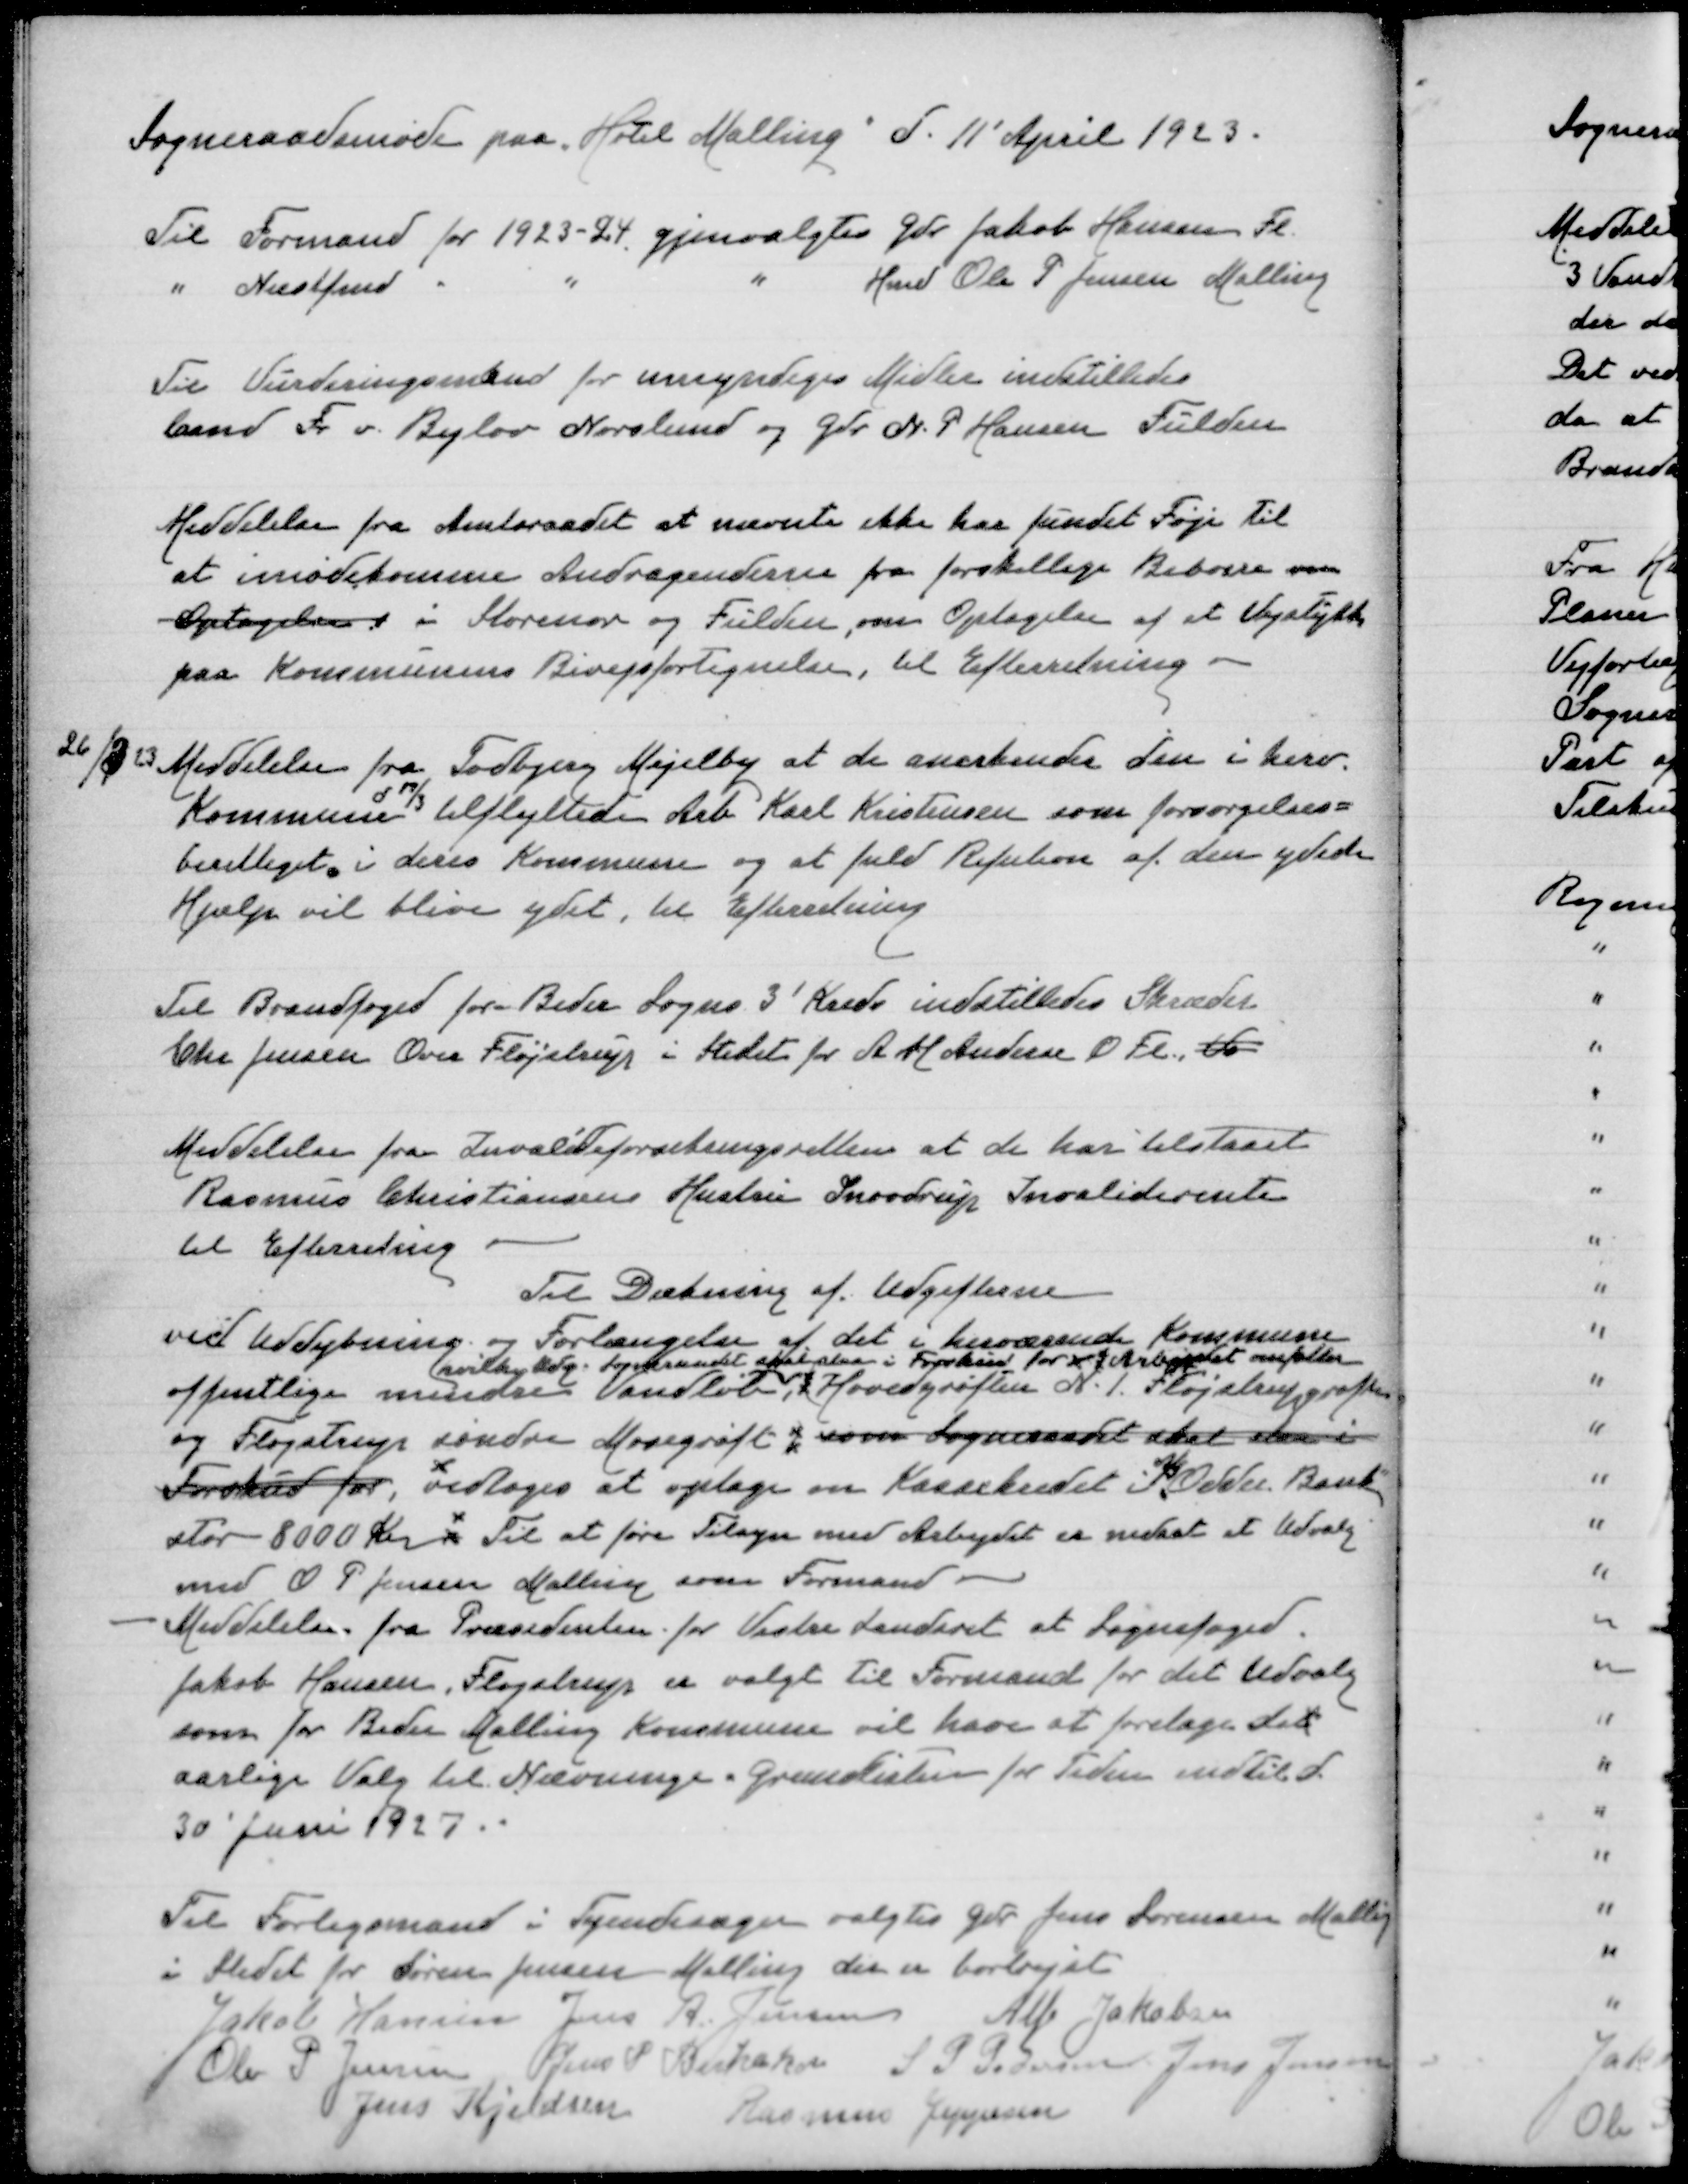
Transskription:
Sogneraadsmøde paa "Hotel Malling" d. 11' April 1923

Til Formand for 1923-24 gjenvalgtes Gdr Jakob Hansen Fl
" Næstfmd " " " Hmd Ole P Jensen Malling

Til Vurderingsmand for umyndiges Midler indstilledes
Cmd Fr v Bylov Norslund og Gdr N P Hansen Fulden

Meddelelse fra Amtsraadet at nævnte ikke har fundet Føje til
at imødekomme Andragenderfra forskellige Beboere om
Optagelse i Storenor og Fulden, om Optagelse af et Vejstykke
paa Kommunens Bivejsfortegnelse, til Efterretning

26/3 23 Meddelelse fra Todbjerg Mejelby at de anerkender den i herv
d 17/3
Kommune tilflyttede Arb Karl Kristensen som forsørgelses=
berettiget i deres Kommune og at fuld Refusion af den ydede
Hjælp vil blive ydet, til Efterretning

Til Brandfoged for Beder Sogns 3' Kreds indstilledes Skræder
Chr Jensen Over Fløjstrup i Stedet for A M Andersen O Fl Vo

Meddelelse fra Invalideforsikringsretten at de har tilstaaet
Rasmus Christiansens Hustru Snovdrup Invaliderente
til Efterretning
Til dækning af Udgifterne
ved Uddybning og Forlængelse af det i herværende Kommune
hvilke Udg Sogneraadet skal staa i Forskud for x  Arbejdet omfatter
offentlige mindre Vandløb Hovedgrøften Nr 1 Fløjstrupgrøften
og Fløjstrup søndre Mosegrøft som Sogneraadet skal staa i
Forskud for vedtoges at optage som Kassekredit i Odder Bank
stor 8000 Kr Til at føre tilsyn med Arbejdet er nedsat et Udvalg
med O P Jensen Malling som Formand
- Meddelelse fra Præsidenten for Vestre Landsret at Sognefoged
Jakob Hansen, Fløjstrup er valgt til Formand for det Udvalg
som Beder Malling Kommune vil have at foretage det
aarlige Valg til Nævninge=Grundlisten for Tiden indtil d
30' Januar 1927
Til Forligsmand i Tyendesager valgtes Gdr Jens Lorensen Malling
i Stedet for Søren Jensen Malling der er bortrejst
Jakob Hansen
Jens A Jensen
Alfr Jakobsen
Ole P Jensen
Jens P Birkeskov
S P Pedersen
Jens Jensen
Jens Kjeldsen
Rasmus Jeppesen